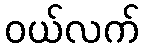
ဝယ်လက်